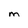
Character: M